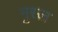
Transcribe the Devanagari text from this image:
गु़स्ल